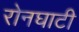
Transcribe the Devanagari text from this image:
रोनघाटी